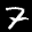
Label: 7